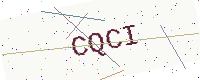
Text: CQCI